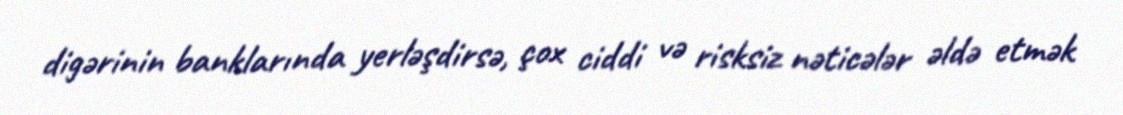
digərinin banklarında yerləşdirsə, çox ciddi və risksiz nəticələr əldə etmək